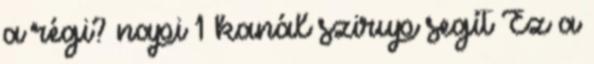
a régi? napi 1 kanál szirup segít Ez a